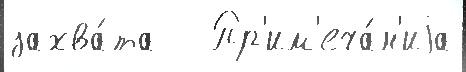
захва́та   Пр'им'еча́н'иjа